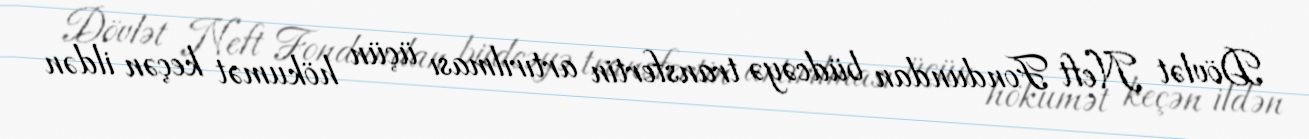
Dövlət Neft Fondundan büdcəyə transfertin artırılması üçün hökumət keçən ildən